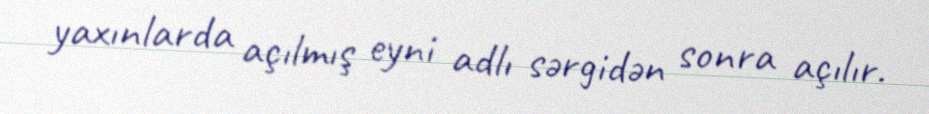
yaxınlarda açılmış eyni adlı sərgidən sonra açılır.